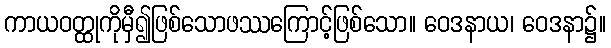
ကာယဝတ္ထုကိုမှီ၍ဖြစ်သောဖဿကြောင့်ဖြစ်သော။ ဝေဒနာယ၊ ဝေဒနာ၌။